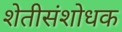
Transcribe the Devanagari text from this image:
शेतीसंशोधक